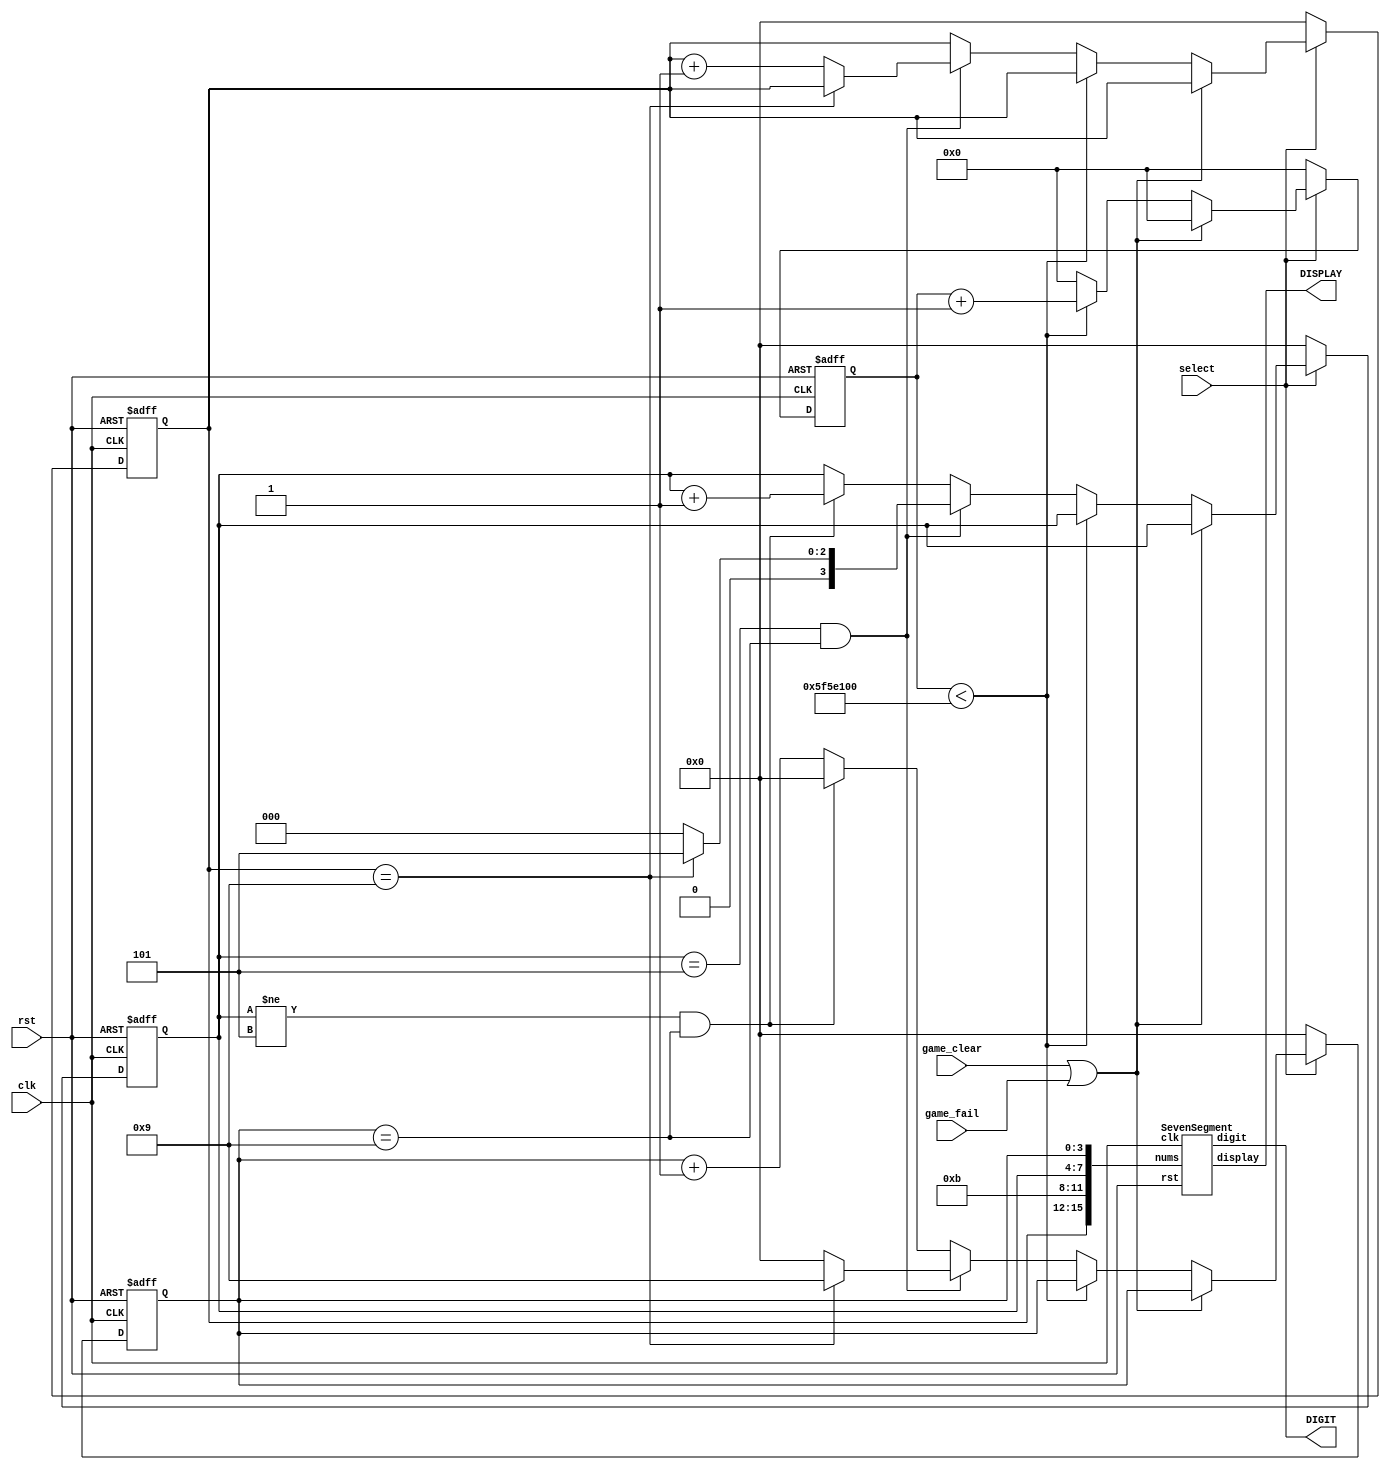
module T(
    input clk,
    input rst,
    input game_clear,
    input game_fail,
    input select,
    output wire [6:0] DISPLAY, 
    output wire [3:0] DIGIT
);

    reg [3:0] minute = 4'b0, second_TensDigit = 4'b0, second_UnitsDigit = 4'b0;
    reg [29:0] cnt = 30'b0;

    SevenSegment S(
        .clk(clk),
        .rst(rst),
        .nums({minute, 4'b1011, second_TensDigit, second_UnitsDigit}),
        .display(DISPLAY),
        .digit(DIGIT)
    );

    always @(posedge clk, posedge rst) begin
        if(rst) begin
            minute <= 0;
            second_TensDigit <= 0;
            second_UnitsDigit <= 0;
            cnt <= 0;
        end else begin
            if(!select) begin
                minute <= 0;
                second_TensDigit <= 0;
                second_UnitsDigit <= 0;
                cnt <= 0;
            end else if(game_clear || game_fail) begin
                minute <= minute;
                second_TensDigit <= second_TensDigit;
                second_UnitsDigit <= second_UnitsDigit;
                cnt <= 0;
            end
            else begin
                if(cnt < 30'd100000000) begin
                    cnt <= cnt + 1;
                end
                else begin
                    if(second_TensDigit == 4'd5 && second_UnitsDigit == 4'd9) begin
                        if(minute == 4'd9) begin
                            second_TensDigit <= 4'd5;
                            second_UnitsDigit <= 4'd9;
                            minute <= minute;
                            cnt <= 0;
                        end
                        else begin
                            second_TensDigit <= 0;
                            second_UnitsDigit <= 0;
                            minute <= minute + 1;
                            cnt <= 0;
                        end
                    end
                    else if(second_TensDigit != 4'd5 && second_UnitsDigit == 4'd9) begin
                        second_UnitsDigit <= 0;
                        second_TensDigit <= second_TensDigit + 1;
                        minute <= minute;
                        cnt <= 0;
                    end
                    else begin
                        second_UnitsDigit <= second_UnitsDigit + 1;
                        second_TensDigit <= second_TensDigit;
                        minute <= minute;
                        cnt <= 0;
                    end
                end
            end
        end
    end


endmodule

module SevenSegment(
	output reg [6:0] display,
	output reg [3:0] digit,
	input wire [15:0] nums,
	input wire rst,
	input wire clk
);
    
    reg [15:0] clk_divider;
    reg [3:0] display_num;
    
    always @ (posedge clk, posedge rst) begin
    	if (rst) begin
    		clk_divider <= 15'b0;
    	end else begin
    		clk_divider <= clk_divider + 15'b1;
    	end
    end
    
    always @ (posedge clk_divider[15], posedge rst) begin
    	if (rst) begin
    		display_num <= 4'b0000;
    		digit <= 4'b1111;
    	end else begin
    		case (digit)
    			4'b1110 : begin
    					display_num <= nums[7:4];
    					digit <= 4'b1101;
    				end
    			4'b1101 : begin
						display_num <= nums[11:8];
						digit <= 4'b1011;
					end
    			4'b1011 : begin
						display_num <= nums[15:12];
						digit <= 4'b0111;
					end
    			4'b0111 : begin
						display_num <= nums[3:0];
						digit <= 4'b1110;
					end
    			default : begin
						display_num <= nums[3:0];
						digit <= 4'b1110;
					end				
    		endcase
    	end
    end
    
    always @ (*) begin
    	case (display_num)
    		0 : display = 7'b1000000;	//0000
			1 : display = 7'b1111001;   //0001                                                
			2 : display = 7'b0100100;   //0010                                                
			3 : display = 7'b0110000;   //0011                                             
			4 : display = 7'b0011001;   //0100                                               
			5 : display = 7'b0010010;   //0101                                               
			6 : display = 7'b0000010;   //0110
			7 : display = 7'b1111000;   //0111
			8 : display = 7'b0000000;   //1000
			9 : display = 7'b0010000;	//1001
            10: display = 7'b0111111;   //minus
            11: display = 7'b0111111;
			default : display = 7'b1111111;
    	endcase
    end
    
endmodule